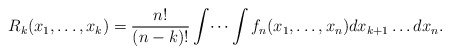
\begin{align*}R_k(x_1,\dots,x_k) = \frac{n!}{(n-k)!}\int\dots\int f_n(x_1,\dots,x_n)dx_{k+1}\dots dx_{n}.\end{align*}